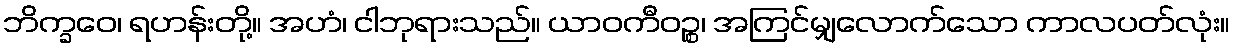
ဘိက္ခဝေ၊ ရဟန်းတို့။ အဟံ၊ ငါဘုရားသည်။ ယာဝကီဝဉ္စ၊ အကြင်မျှလောက်သော ကာလပတ်လုံး။